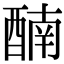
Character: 𨡯